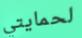
لحمايتي